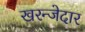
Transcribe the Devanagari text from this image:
खरन्जेदार